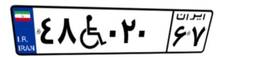
۳۳W۹۲۸۴۱